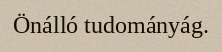
Önálló tudományág.